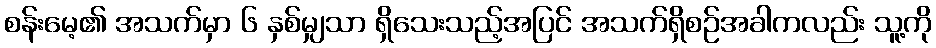
စန်းမေ့၏ အသက်မှာ ၆ နှစ်မျှသာ ရှိသေးသည့်အပြင် အသက်ရှိစဉ်အခါကလည်း သူ့ကို